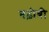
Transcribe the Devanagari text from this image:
बढ़ोत्री